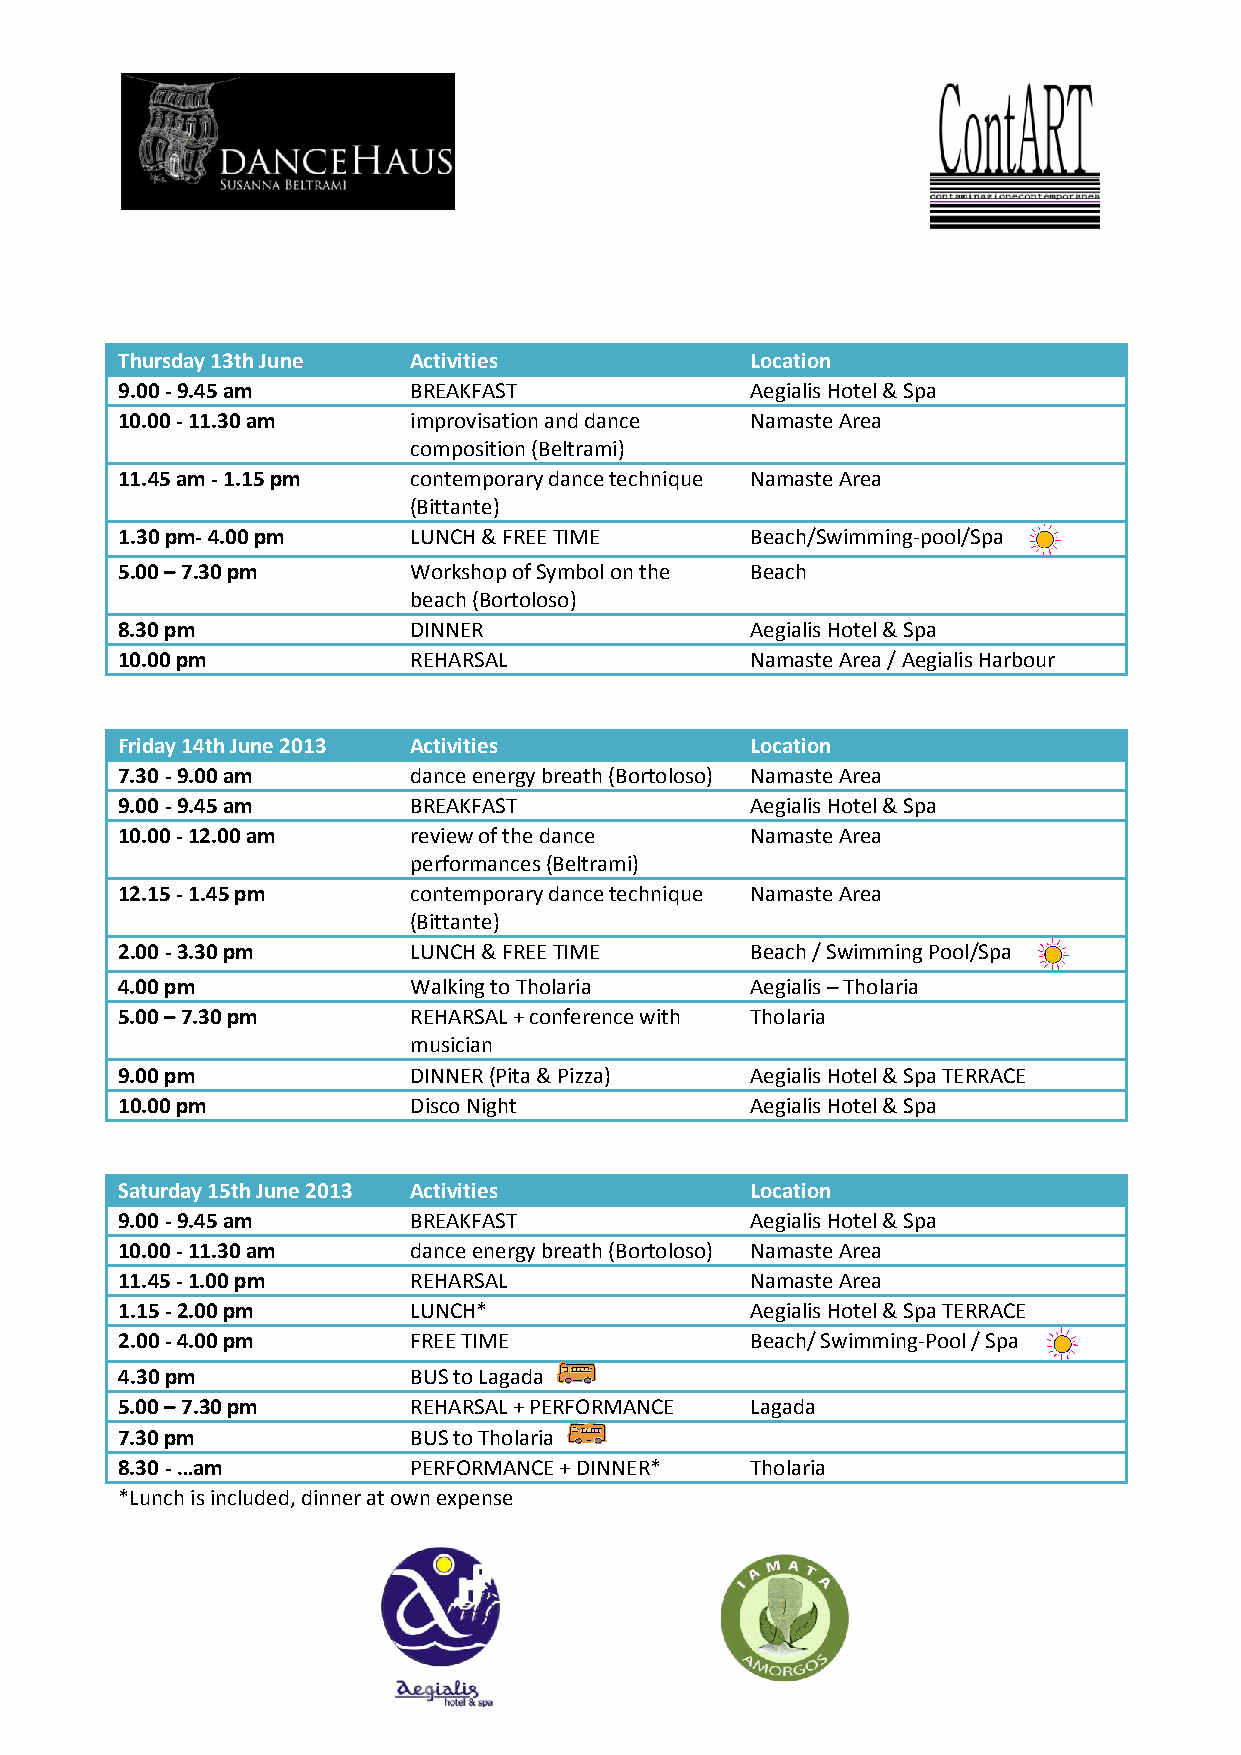
Thursday 13th June Activities             Location
 9.00 - 9.45 am     BREAKFAST              Aegialis Hotel & Spa
 10.00 - 11.30 am   improvisation and dance Namaste Area
 composition (Beltrami)
 11.45 am - 1.15 pm contemporary dance technique Namaste Area
 (Bittante)
 1.30 pm- 4.00 pm   LUNCH & FREE TIME      Beach/Swimming-pool/Spa
 5.00 – 7.30 pm     Workshop of Symbol on the Beach
 beach (Bortoloso)
 8.30 pm            DINNER                 Aegialis Hotel & Spa
 10.00 pm           REHARSAL               Namaste Area / Aegialis Harbour
 Friday 14th June 2013 Activities          Location
 7.30 - 9.00 am     dance energy breath (Bortoloso) Namaste Area
 9.00 - 9.45 am     BREAKFAST              Aegialis Hotel & Spa
 10.00 - 12.00 am   review of the dance    Namaste Area
 performances (Beltrami)
 12.15 - 1.45 pm    contemporary dance technique Namaste Area
 (Bittante)
 2.00 - 3.30 pm     LUNCH & FREE TIME      Beach / Swimming Pool/Spa
 4.00 pm            Walking to Tholaria    Aegialis – Tholaria
 5.00 – 7.30 pm     REHARSAL + conference with Tholaria
 musician
 9.00 pm            DINNER (Pita & Pizza)  Aegialis Hotel & Spa TERRACE
 10.00 pm           Disco Night            Aegialis Hotel & Spa
 Saturday 15th June 2013 Activities        Location
 9.00 - 9.45 am     BREAKFAST              Aegialis Hotel & Spa
 10.00 - 11.30 am   dance energy breath (Bortoloso) Namaste Area
 11.45 - 1.00 pm    REHARSAL               Namaste Area
 1.15 - 2.00 pm     LUNCH*                 Aegialis Hotel & Spa TERRACE
 2.00 - 4.00 pm     FREE TIME              Beach/ Swimming-Pool / Spa
 4.30 pm            BUS to Lagada
 5.00 – 7.30 pm     REHARSAL + PERFORMANCE Lagada
 7.30 pm            BUS to Tholaria
 8.30 - …am         PERFORMANCE + DINNER*  Tholaria
 *Lunch is included, dinner at own expense